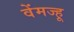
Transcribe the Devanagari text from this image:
वेंमज्हू